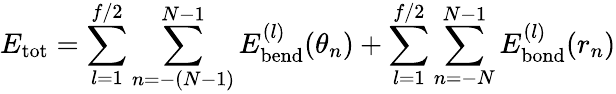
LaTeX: E_{\mathrm{tot}}=\sum_{l=1}^{f/2}\sum_{n=-(N-1)}^{N-1}E_{\mathrm{bend}}^{(l)}(\theta_{n})+\sum_{l=1}^{f/2}\sum_{n=-N}^{N-1}E_{\mathrm{bond}}^{(l)}(r_{n})